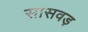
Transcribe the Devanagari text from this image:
सासवड़